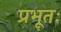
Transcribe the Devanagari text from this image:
प्रभूतः